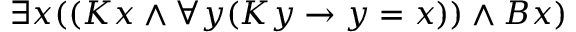
\exists x ( ( K x \land \forall y ( K y \rightarrow y = x ) ) \land B x )